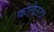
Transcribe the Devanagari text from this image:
कोलैउटा